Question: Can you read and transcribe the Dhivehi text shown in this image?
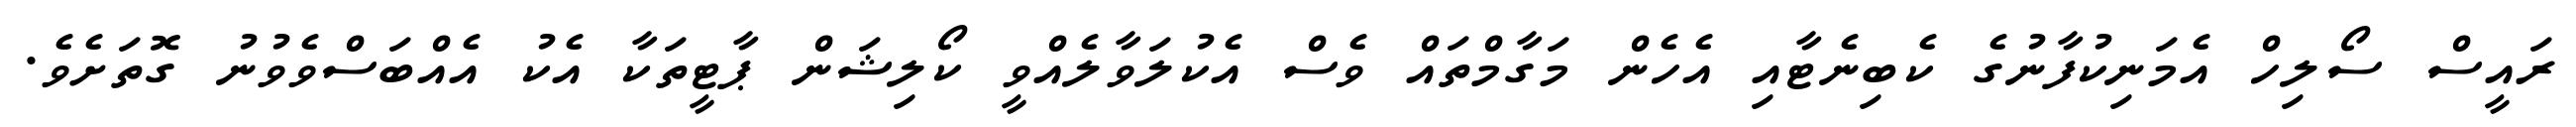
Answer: ރައީސް ސޯލިހް އެމަނިކުފާނުގެ ކެބިނެޓާއި އެހެން މަގާމްތައް ވެސް އެކުލަވާލެއްވީ ކޯލިޝަން ޕާޓީތަކާ އެކު އެއްބަސްވެވުނު ގޮތަށެވެ.